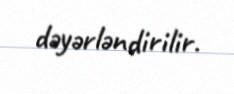
dəyərləndirilir.